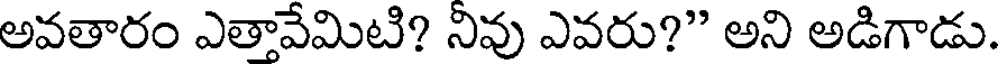
అవతారం ఎతావేమిటి? నివు ఎవరు?" అని అడిగాడు.